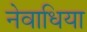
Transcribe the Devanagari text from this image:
नेवाधिया